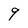
Character: 9